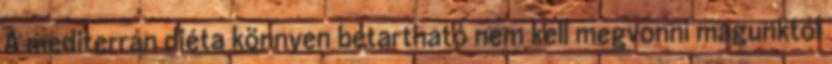
A mediterrán diéta könnyen betartható nem kell megvonni magunktól